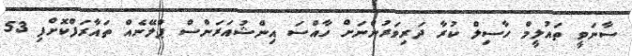
ސާނަވީ ތައުލީމް ހާސިލް ކުރާ ދަރިވަރުންނަށް ހާއްސަ އިންޝުއަރަންސް ޕްލޭނެއް ތައާރަފްކޮށްފި 53